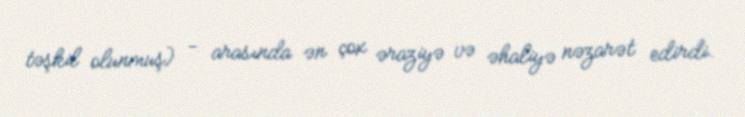
təşkil olunmuş) - arasında ən çox əraziyə və əhaliyə nəzarət edirdi.